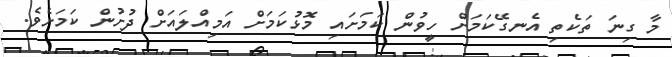
މާ ގިނަ ތަކެތި އެނގޭކަމަށް ހީވުން ކަމަށައި މޮޅުކަމަށް އަމިއްލައަށް ދުށުން ކަމަށެވެ.